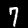
Digit: 7